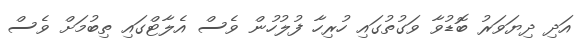
އަދި ދިޔަވަރު ބޮޑުވާ ވަގުތުގައި ހުރިހާ ފުލުހުން ވެސް އެލާޓްގައި ތިބުމަށް ވެސް